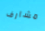
مشارف